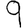
Digit: 9